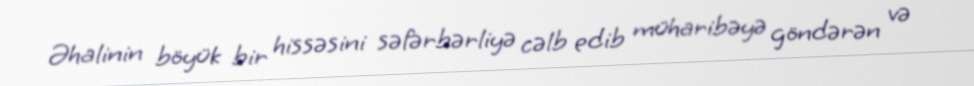
Əhalinin böyük bir hissəsini səfərbərliyə cəlb edib müharibəyə göndərən və